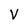
Character: V